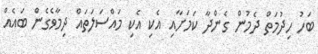
ބަހު ހިދުމަތް ދެމުން ގެންދާ ކަމަށާއި އެކި އެކި މައްސަލަތައް ދިމާވެގެން ބައެއް